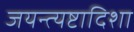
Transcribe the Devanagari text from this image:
जयन्त्यष्टादिशा